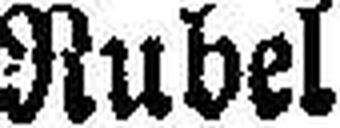
Rubel